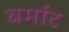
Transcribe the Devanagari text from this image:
बर्माट